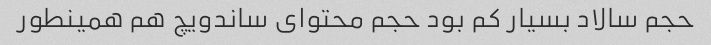
حجم سالاد بسیار کم بود حجم محتوای ساندویچ هم همینطور